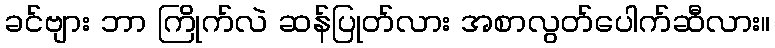
ခင်ဗျား ဘာ ကြိုက်လဲ ဆန်ပြုတ်လား အစာလွတ်ပေါက်ဆီလား။